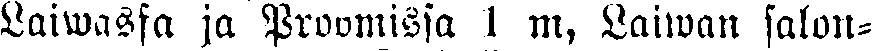
laiwassa ja Proomissa 1 m, Laiwan salon-